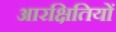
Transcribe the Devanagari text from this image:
आरक्षितियों